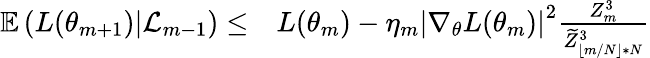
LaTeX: \begin{array}{rl}{\mathbb{E}\left(L(\theta_{m+1})|\mathcal{L}_{m-1}\right)\leq}&{{}L(\theta_{m})-\eta_{m}\left|\nabla_{\theta}L(\theta_{m})\right|^{2}\frac{Z_{m}^{3}}{\widetilde{Z}_{\lfloor m/N\rfloor*N}^{3}}}\end{array}